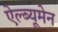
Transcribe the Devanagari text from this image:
ऐल्ब्यूमेन